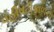
વહીવટીકાળના